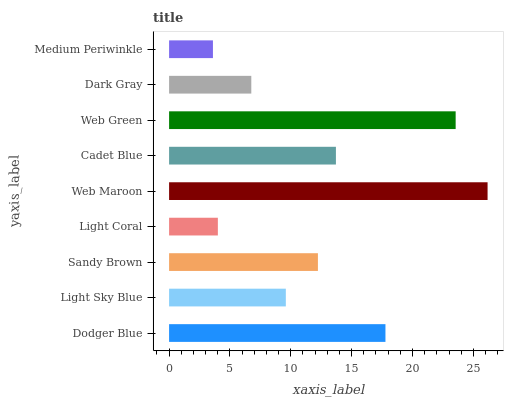
| yaxis_label | bars |
 | --- | --- |
 | Dodger Blue | 17.8 |
 | Light Sky Blue | 9.59 |
 | Sandy Brown | 12.2 |
 | Light Coral | 4.01 |
 | Web Maroon | 26.2 |
 | Cadet Blue | 13.7 |
 | Web Green | 23.5 |
 | Dark Gray | 6.75 |
 | Medium Periwinkle | 3.6 |